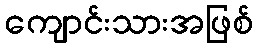
ကျောင်းသားအဖြစ်